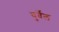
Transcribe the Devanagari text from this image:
बुर्वेल